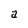
Character: a